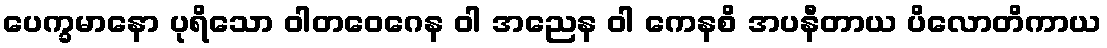
ပေက္ခမာနော ပုရိသော ဝါတဝေဂေန ဝါ အညေန ဝါ ကေနစိ အပနီတာယ ပိလောတိကာယ